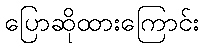
ပြောဆိုထားကြောင်း